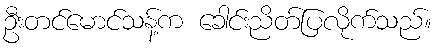
ဦးတင်မောင်သန့်က ခေါင်းညိတ်ပြလိုက်သည်။